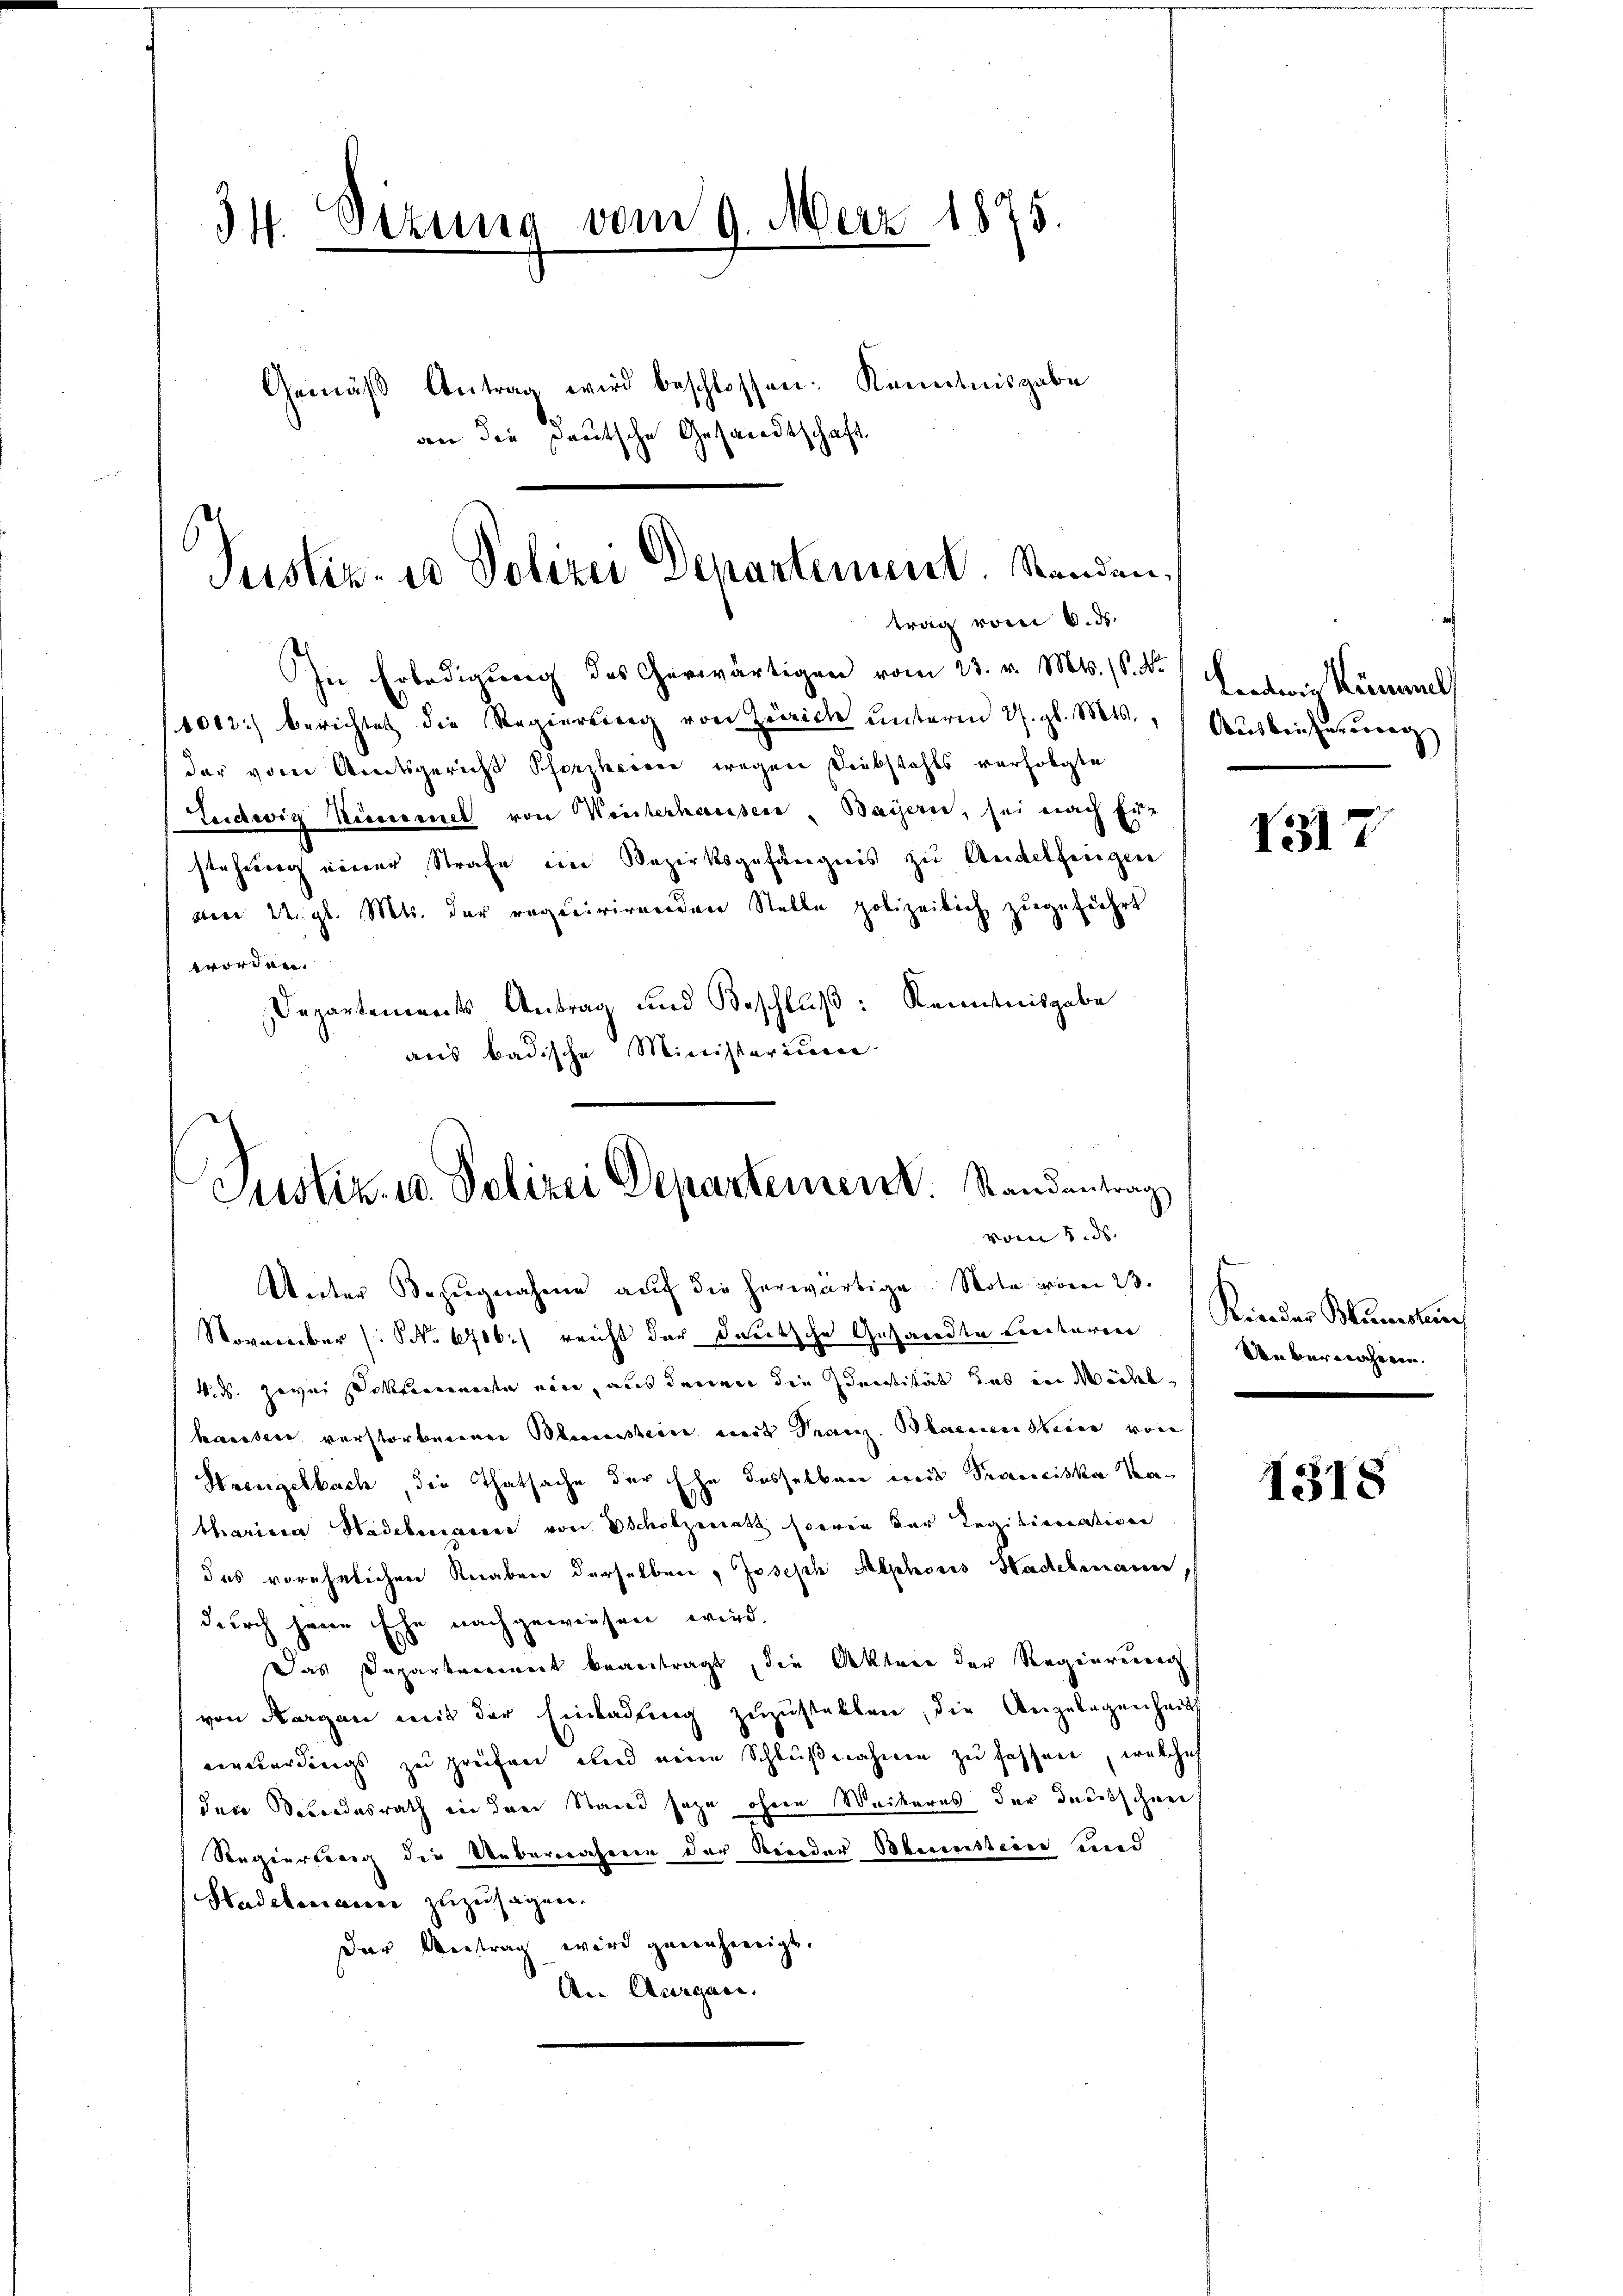
34. Oezung vom 9. März 1875.
Gemäβ Antrag wird beschlossen: Kenntnisgabe
von die deutsche Gesandtschaft.

s
Justiz- u Polizei Departement. Standen,
trag von 6. ds.

In Erledigung des Gerwärtigen vom 23. v. Mts. (S. Nr.
1002.) berichtet die Regierung von Zürich unterm 27. gl. Mts., Ausbreicherung
der vom Amtsgericht Pforzheisse wegen Diebstahls verfolgte
Ludwig Nummel von Winterhausen, Bayern, sei nach Er
stehung einer Strafe ein Bezirksgefängnis zu Andelfingen
von 22. gl. Mts. der requirirenden Stelle polizeilich zugeführt
worden.
Departements Antrag und Beschluß: Kenntnisgabe
aus badische Ministerium
Justiz- u. Polizei Departement. Randantrag

vom 5. ds.

Unter Bezŭgnahme aŭf die herwärtige Nota voren 23.
November (: NNo. 6716) reicht der Deutsche Gesandte Leiteren Kinder Kunstan
k. ds. zwei Doktorenen ein, aus denen die Identität hab in Mühe,
hassere verstorbenen Bessensteine mit Franz. Blaciensteien von
Hrengelbach, die Thatsache der Ehe desselben weis Pranciska Vetharina Hadebucacere von scholzerrath Corrin der Legitientation
das vorehelichen Knaben derselben, Joseph Alphoris Hadelimann
durch jene Ehe nachgewiesen wird.
Das Departareinert beantragt, die Akten der Regierenerg
von Aargau mit der Einladung zuzustellen, die Angelegenheits
einterdings zu greifen und meine Schlußnahmen zu fassene, welche
den Schandesrath in den Stand sage ohne Weikerns der deutschen
Regierberg die Uebereichenen der Krieder Bestion und
Hadelenance zuzusagen.
der Antrag wird genehmigt.
An Aargau.

Lordwin Kümmel

1317

Uebernahmen.
e

1318